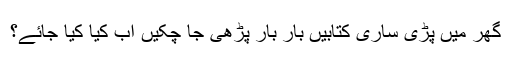
گھر میں پڑی ساری کتابیں بار بار پڑھی جا چکیں اب کیا کیا جائے؟